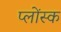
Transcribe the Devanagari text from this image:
प्लोंस्क